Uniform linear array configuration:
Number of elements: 24
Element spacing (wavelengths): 1
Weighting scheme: uniform
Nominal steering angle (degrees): -15
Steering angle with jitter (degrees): -16.661
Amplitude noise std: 0.05
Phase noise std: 0.05

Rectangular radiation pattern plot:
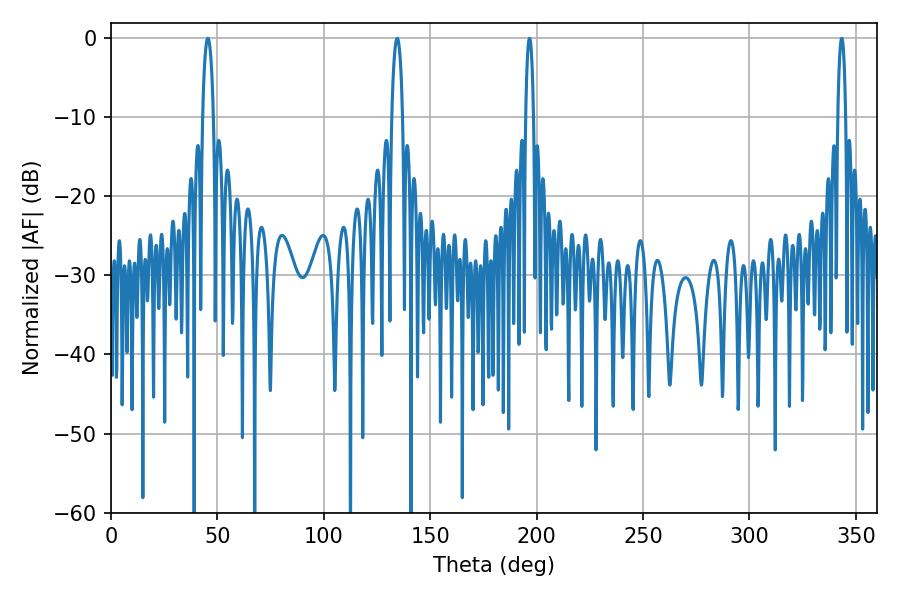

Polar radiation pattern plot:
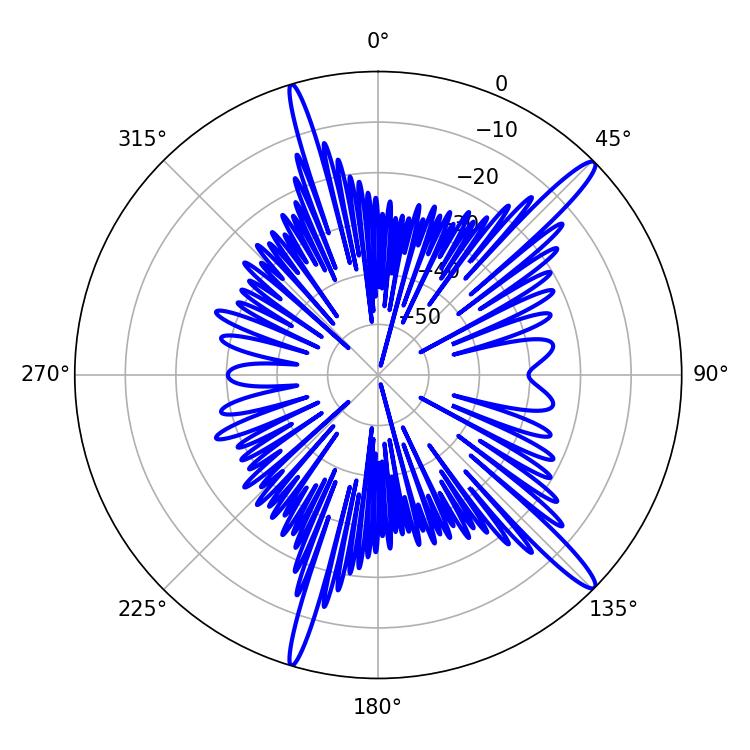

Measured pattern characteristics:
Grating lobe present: TRUE
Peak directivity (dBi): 15.23
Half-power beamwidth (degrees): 2.88
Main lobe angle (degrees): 45.54